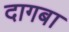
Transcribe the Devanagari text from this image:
दागबा